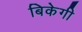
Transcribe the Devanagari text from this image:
बिकेगी